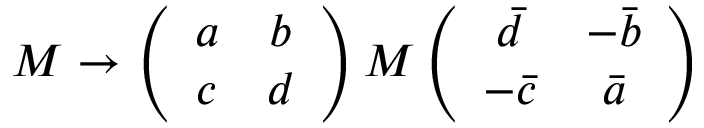
M \rightarrow \left( \begin{array} { c c } { { a } } & { { b } } \\ { { c } } & { { d } } \end{array} \right) M \left( \begin{array} { c c } { { \bar { d } } } & { { - \bar { b } } } \\ { { - \bar { c } } } & { { \bar { a } } } \end{array} \right)